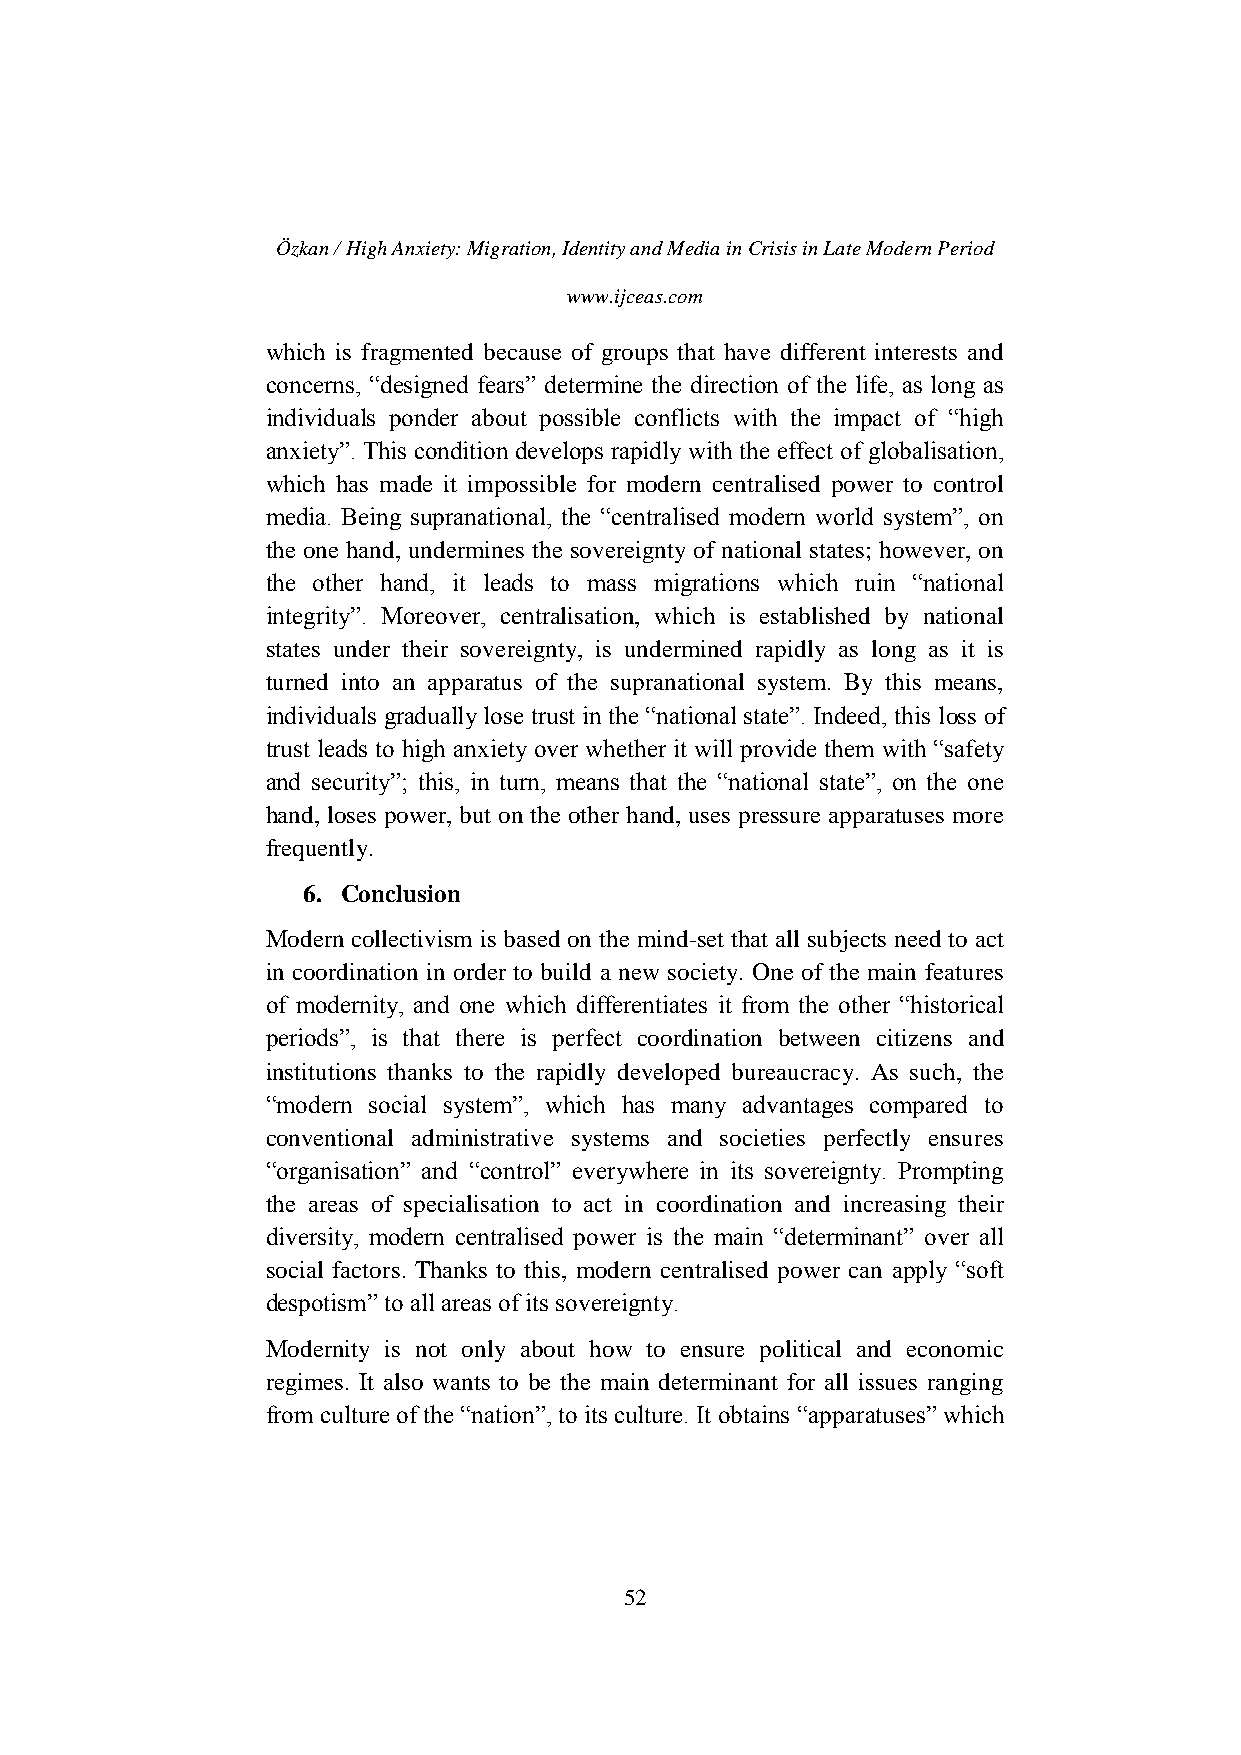
Özkan / High Anxiety: Migration, Identity and Media in Crisis in Late Modern Period
 www.ijceas.com
 which is fragmented because of groups that have different interests and
 concerns, “designed fears” determine the direction of the life, as long as
 individuals ponder about possible conflicts with the impact of “high
 anxiety”. This condition develops rapidly with the effect of globalisation,
 which has made it impossible for modern centralised power to control
 media. Being supranational, the “centralised modern world system”, on
 the one hand, undermines the sovereignty of national states; however, on
 the other hand, it leads to mass migrations which ruin “national
 integrity”. Moreover, centralisation, which is established by national
 states under their sovereignty, is undermined rapidly as long as it is
 turned into an apparatus of the supranational system. By this means,
 individuals gradually lose trust in the “national state”. Indeed, this loss of
 trust leads to high anxiety over whether it will provide them with “safety
 and security”; this, in turn, means that the “national state”, on the one
 hand, loses power, but on the other hand, uses pressure apparatuses more
 frequently.
 6. Conclusion
 Modern collectivism is based on the mind-set that all subjects need to act
 in coordination in order to build a new society. One of the main features
 of modernity, and one which differentiates it from the other “historical
 periods”, is that there is perfect coordination between citizens and
 institutions thanks to the rapidly developed bureaucracy. As such, the
 “modern social system”, which has many advantages compared to
 conventional administrative systems and societies perfectly ensures
 “organisation” and “control” everywhere in its sovereignty. Prompting
 the areas of specialisation to act in coordination and increasing their
 diversity, modern centralised power is the main “determinant” over all
 social factors. Thanks to this, modern centralised power can apply “soft
 despotism” to all areas of its sovereignty.
 Modernity is not only about how to ensure political and economic
 regimes. It also wants to be the main determinant for all issues ranging
 from culture of the “nation”, to its culture. It obtains “apparatuses” which
 52